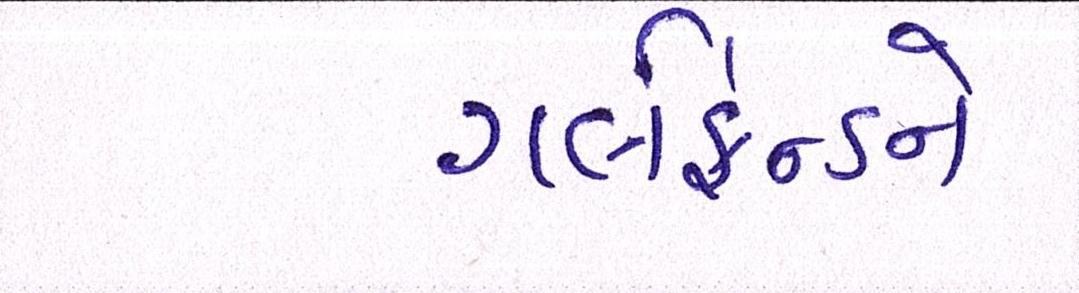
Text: ગર્લફ્રેન્ડને